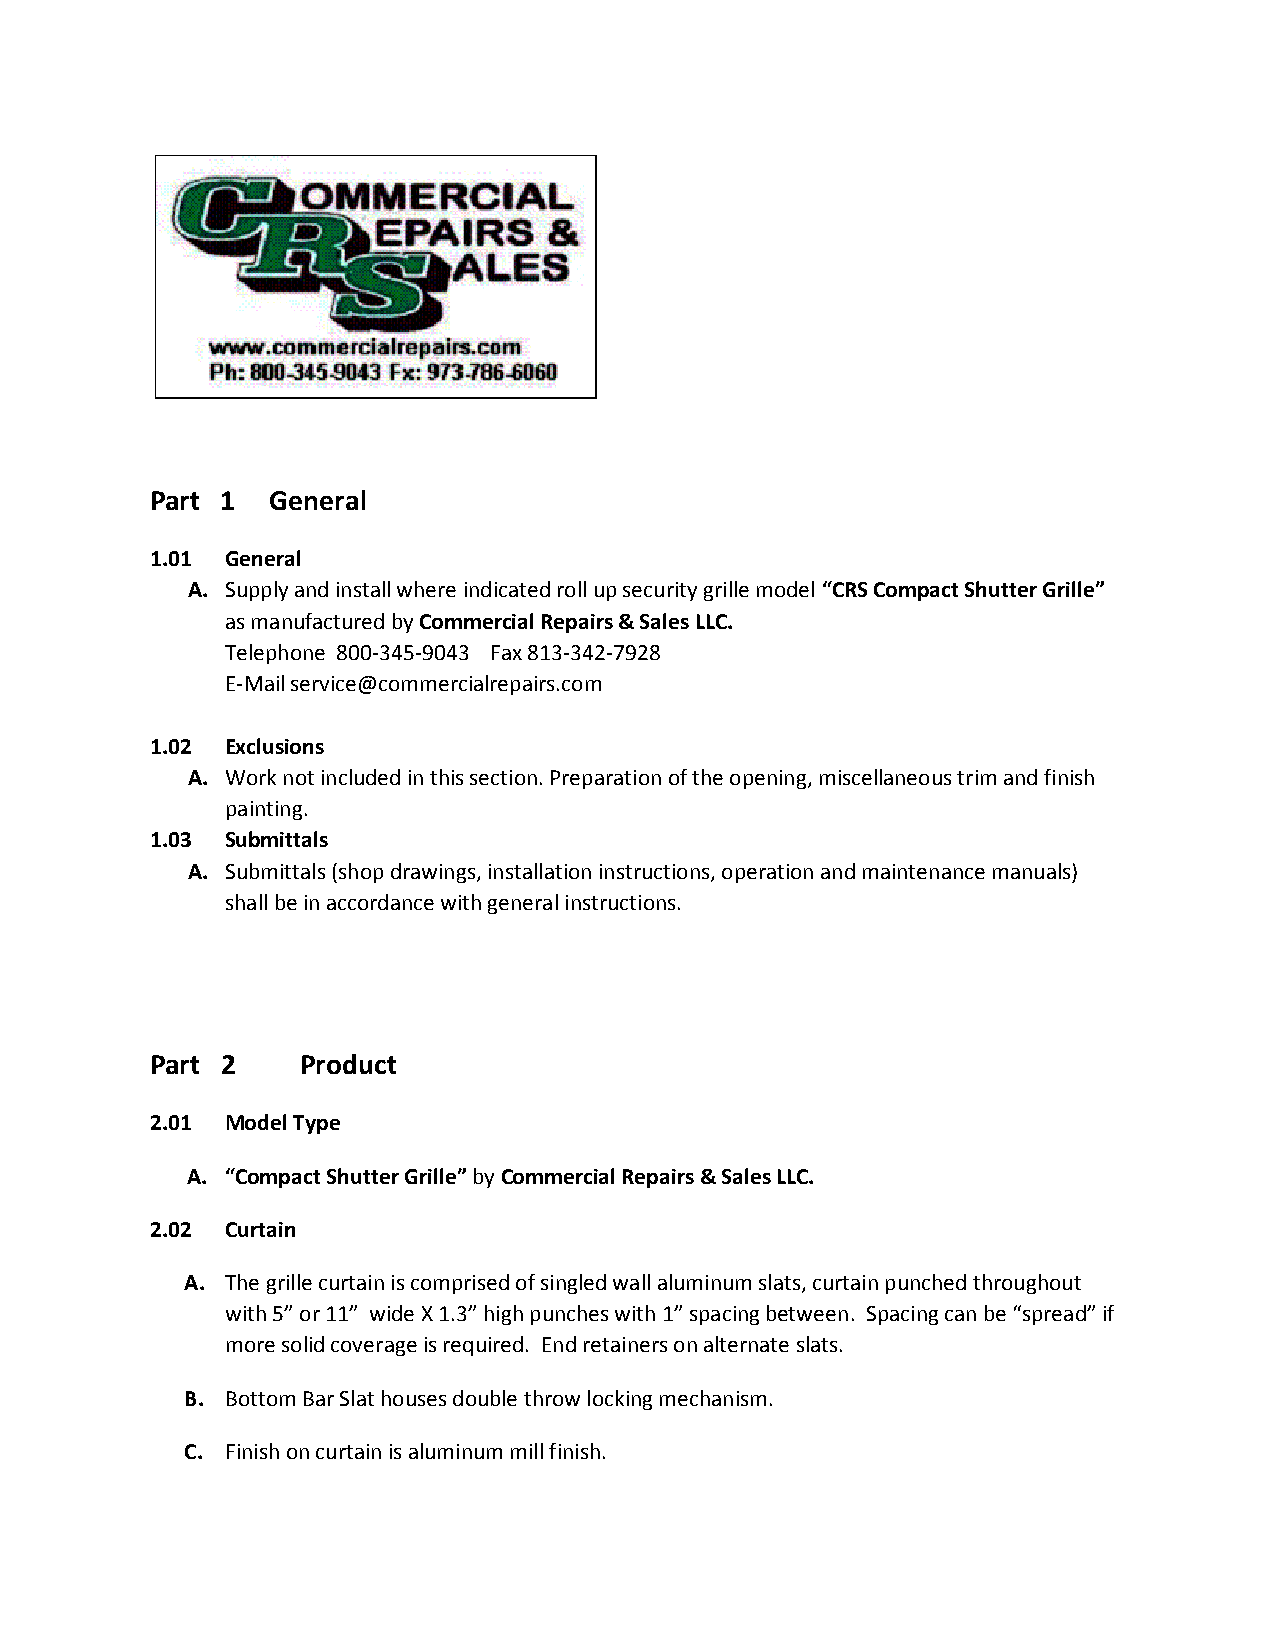
Part 1  General
 1.01 General
 A. Supply and install where indicated roll up security grille model “CRS Compact Shutter Grille”
 ​
 as manufactured by Commercial Repairs & Sales LLC.
 ​
 Telephone 800-345-9043 Fax 813-342-7928
 E-Mail service@commercialrepairs.com
 1.02 Exclusions
 A. Work not included in this section. Preparation of the opening, miscellaneous trim and finish
 painting.
 1.03 Submittals
 A. Submittals (shop drawings, installation instructions, operation and maintenance manuals)
 shall be in accordance with general instructions.
 Part 2    Product
 2.01 Model Type
 A. “Compact Shutter Grille” by Commercial Repairs & Sales LLC.
 ​ ​
 2.02 Curtain
 A. The grille curtain is comprised of singled wall aluminum slats, curtain punched throughout
 with 5” or 11” wide X 1.3” high punches with 1” spacing between. Spacing can be “spread” if
 more solid coverage is required. End retainers on alternate slats.
 B. Bottom Bar Slat houses double throw locking mechanism.
 C. Finish on curtain is aluminum mill finish.